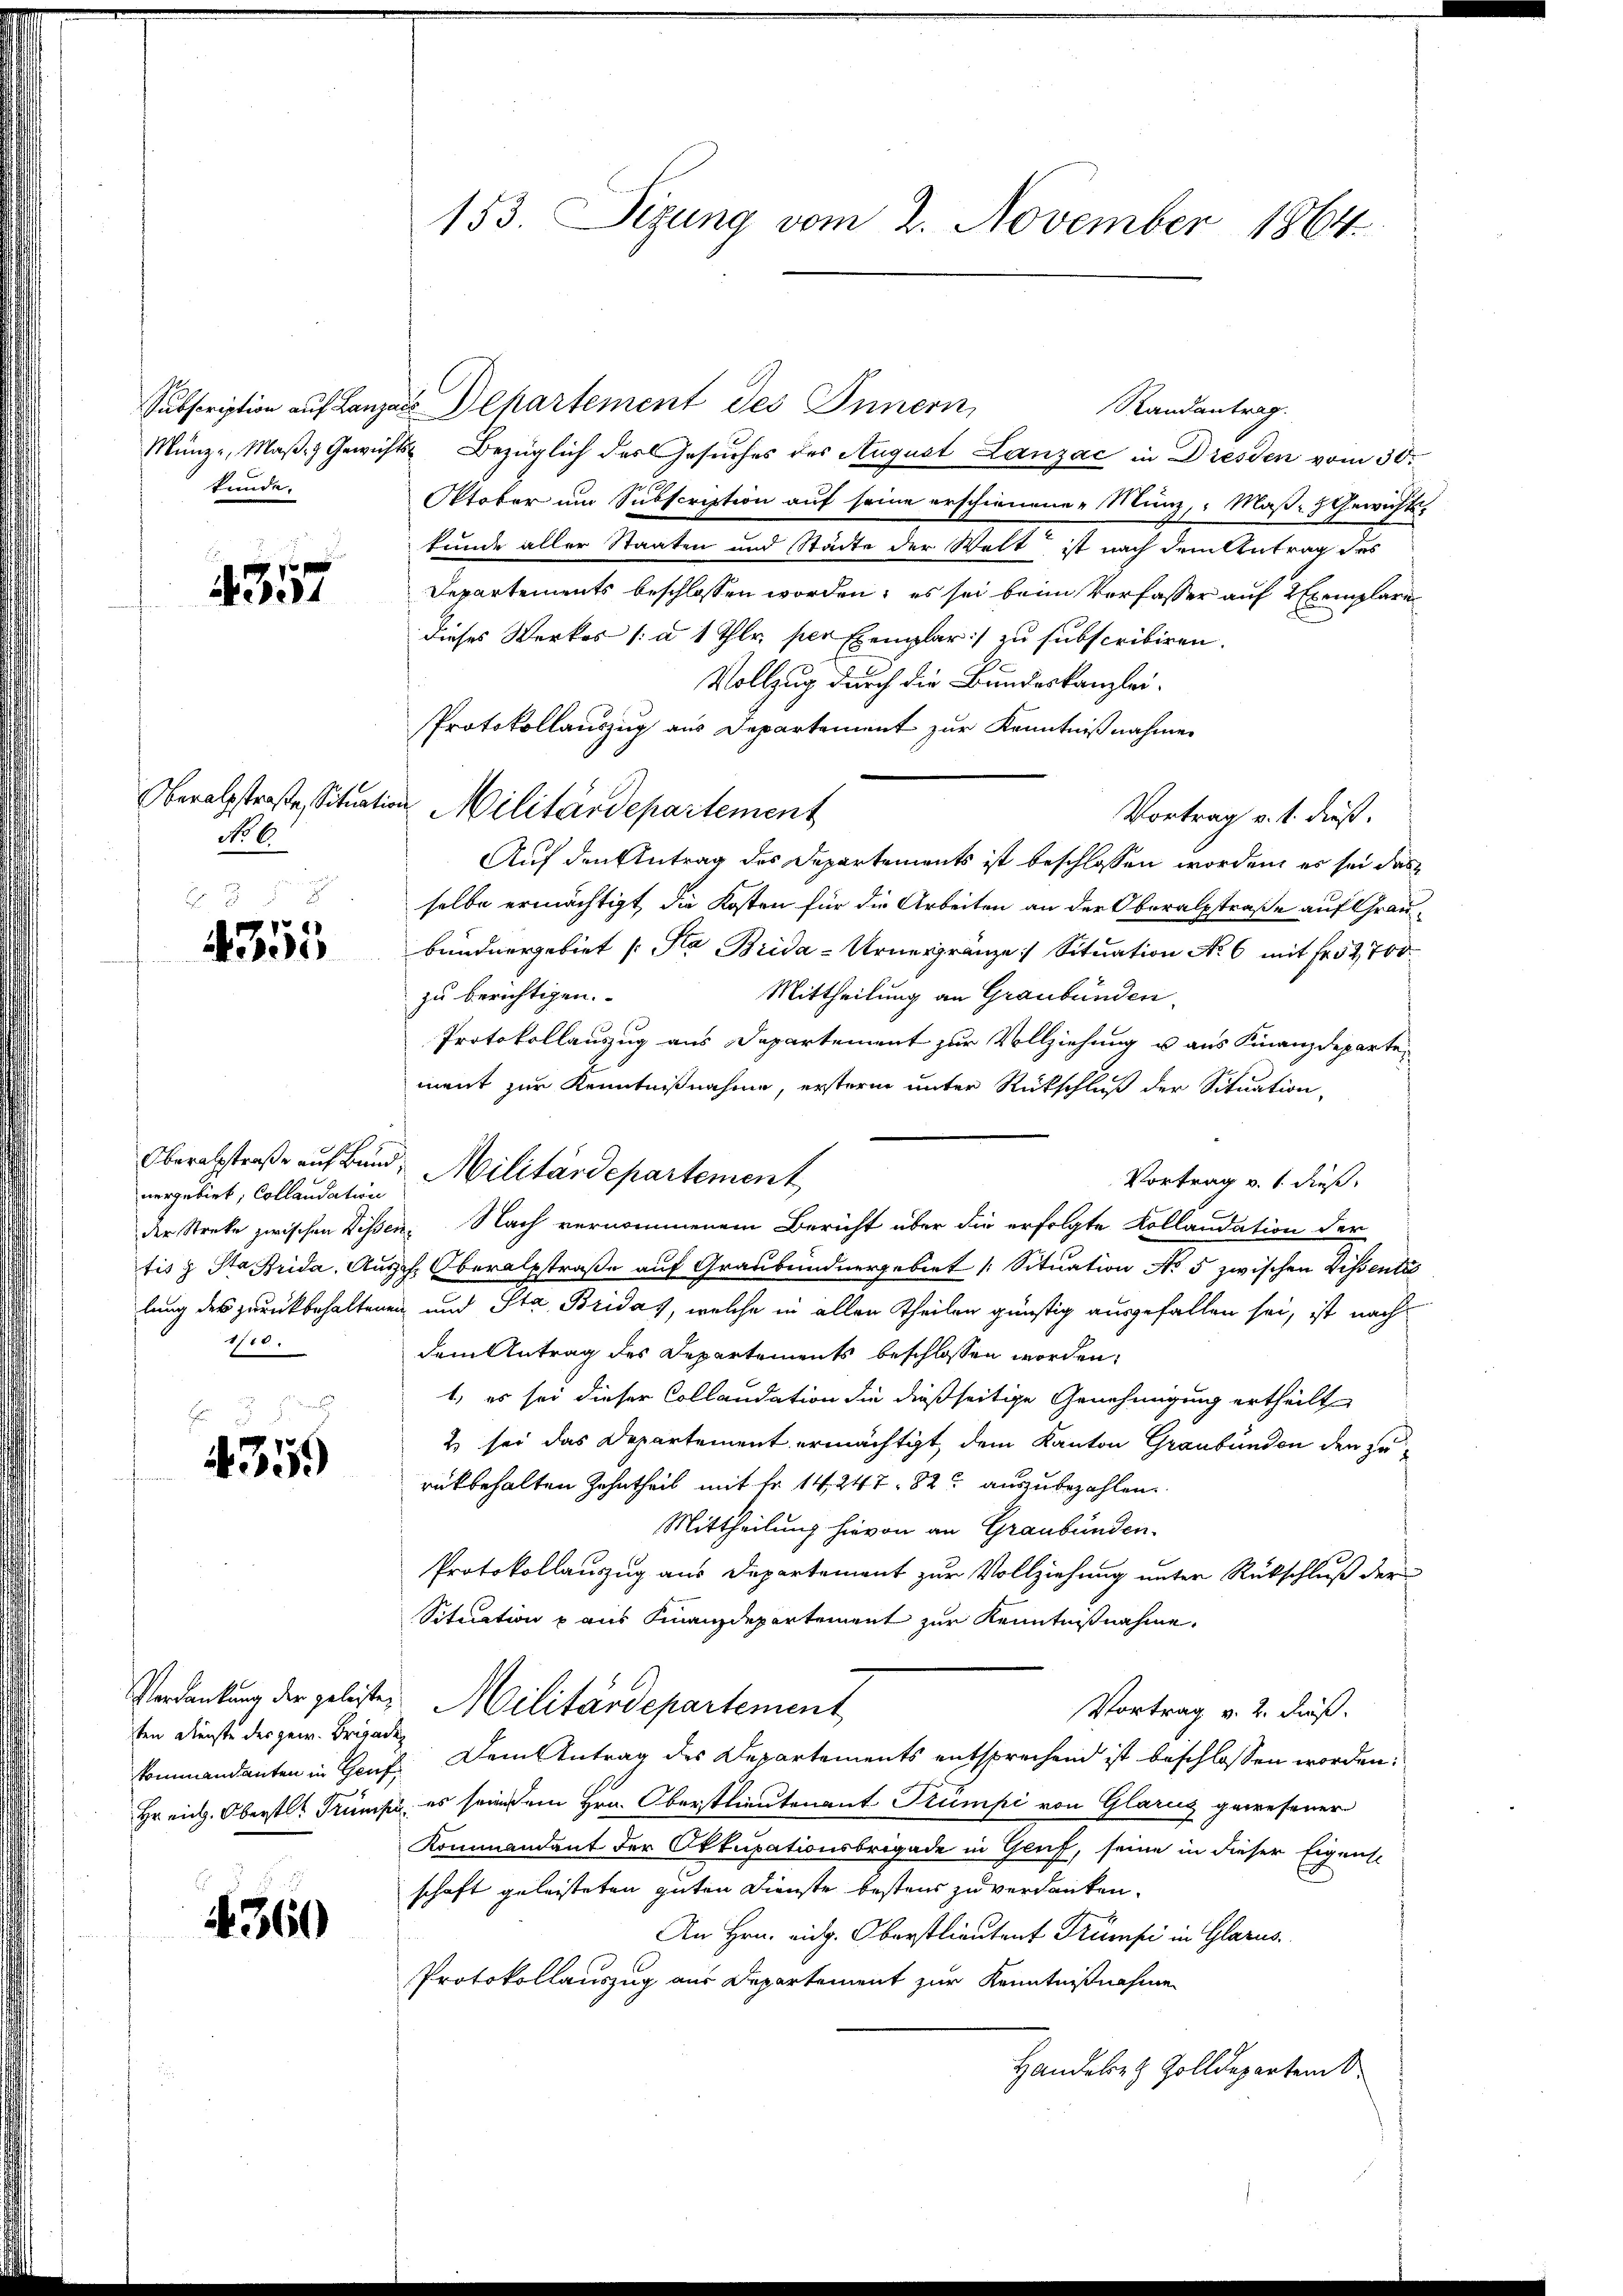
Subscription auf Lanza
Münz- Maß- & Gewicht
kunde.

4357

Oberalsstraße, Situatio
No 6

4355

nergebirt; Collaudation
1110.

E
4359

Verdankung der geleisten
ten Dienste der genen Brigaden

4360

153. Seizung vom 2. November 1864

Departement des Innern,
Randantrag.
t Bezüglich des Gesuches des August Lanzac in Dresden vom 30.
Oktober um Subscription auf seine erschienenen Münz, Maß-Gewichts-
kunde aller Staaten und Städte der Welt ist nach dem Antrag des
Departements beschlossen worden, es sei beim Verfasser auf 2 Exemplare
dieses Werkes /: u 1 Thlr. per Exemplar:/ zu subscribiren.
Vollzug durch die Bundeskanzlei¬
Protokollauszug aus Departement zur Kenntnißnahme
u. Militärdepartement
Vortrag v. 1. dieß.
Auf den Antrag des Departements ist beschlossen worden, es sei das
selbe ermächtigt, die Kosten für die Arbeiten an der Oberalpstraße auf Graubundnergebiet (Pla Brida - Urnergränze Situation No 6 mit Fr. 52,700
Mittheilung an Graubünden.
zu berichtigen.
Protokollauszug aus Departement zur Vollziehung u. aus Finanzdepartement zur Kenntnißnahme, erstern unter Rückschluß der Situation,
Vortrag v. 1. dieß,
der Streke zwischen Dissen. Nach vernommenem Bericht über die erfolgte Kollandation der
tis & Sta Brida, Ausch. Oberalstraße auf Graubündnergebiet [Situation No 5 zwischen Dissentés
lung des zurückbehaltenen und Sta Bridas, welche in allen Theilen günstig ausgefallen sei, ist nach
dem Antrag des Departements beschlossen worden.
1, es sei dieser Collandation die dießseitige Genehmigung ertheilt
2 sei das Departement ermächtigt, dem Kanton Graubünden den zu
rükbehalten Zehntheil mit Fr. 14. 247. 82 auszubezahlen
Mittheilung hievon an Graubünden.
Protokollauszug aus Departement zur Vollziehung unter Rückschluß der
Situation p aus Finanzdepartement zur Kenntnißnahme.
Militärdepartement
Vortrag v. 2. dieß.
kommandanten in Hauf. Dem Antrag des Departements entsprechend ist beschlossen worden:
Hreich. Oberstl. Trumpi, es sein dem Hrn. Oberstlieutenant Trumpi von Glaruz gewesener
Kommandant der Okkupationsbrigade in Gruf, seine in dieser Eigens-
schaft geleisteten guten Dienste bestens zu verdanken.
An Hrn. eidg. Oberstlieutent Trumpi in Glarus.
Protokollauszug aus Departement zur Kenntnißnahme
Handele z. Zolldeparten d

Oberalstraße auf Band, Militärdepartement